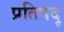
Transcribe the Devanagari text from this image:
प्रतिपदू